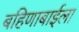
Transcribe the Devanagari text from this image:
बहिणाबाईला